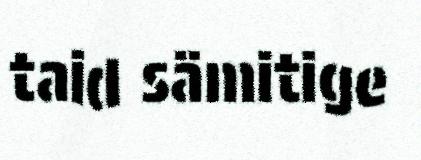
taid sämitige